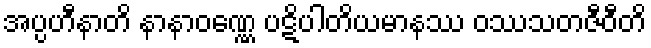
အပ္ပဟီနာတိ နာနာဝဏ္ဏေ ပဋိပါတိယမာနဿ ဝဿသတဇီဝီတိ